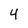
Character: 4